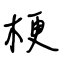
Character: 梗